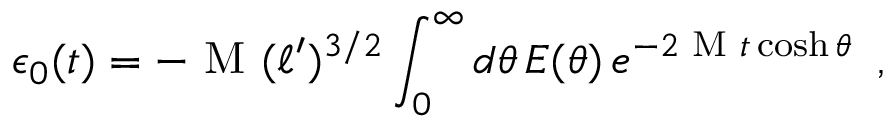
\epsilon _ { 0 } ( t ) = - \textrm { M } ( \ell ^ { \prime } ) ^ { 3 / 2 } \int _ { 0 } ^ { \infty } d \theta \, E ( \theta ) \, e ^ { - 2 \textrm { M } t \cosh \theta } \, \, \, ,